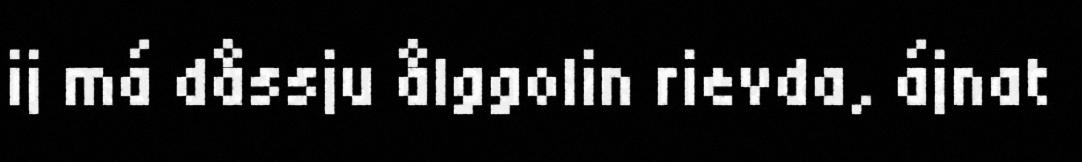
ij má dåssju ålggolin rievda, ájnat